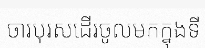
ចារបុរសដើរចូលមកក្នុងទី